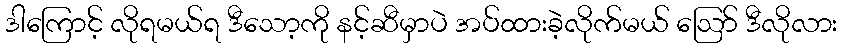
ဒါကြောင့် လိုရမယ်ရ ဒီသော့ကို နင့်ဆီမှာပဲ အပ်ထားခဲ့လိုက်မယ် ဪ ဒီလိုလား